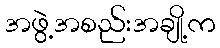
အဖွဲ့အစည်းအချို့က